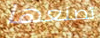
تصنعها